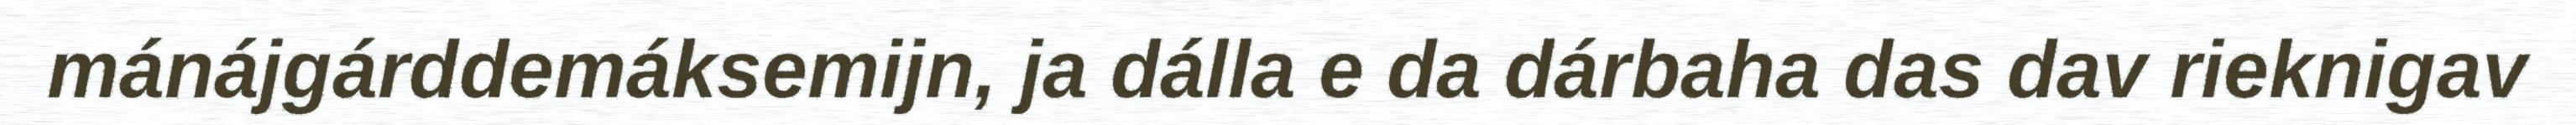
mánájgárddemáksemijn, ja dálla e da dárbaha das dav rieknigav